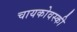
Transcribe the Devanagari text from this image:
चायकोवस्की